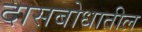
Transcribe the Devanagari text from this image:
दासबोधातील